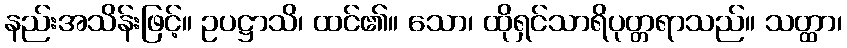
နည်းအသိန်းဖြင့်။ ဥပဋ္ဌာသိ၊ ထင်၏။ သော၊ ထိုရှင်သာရိပုတ္တရာသည်။ သတ္ထာ၊